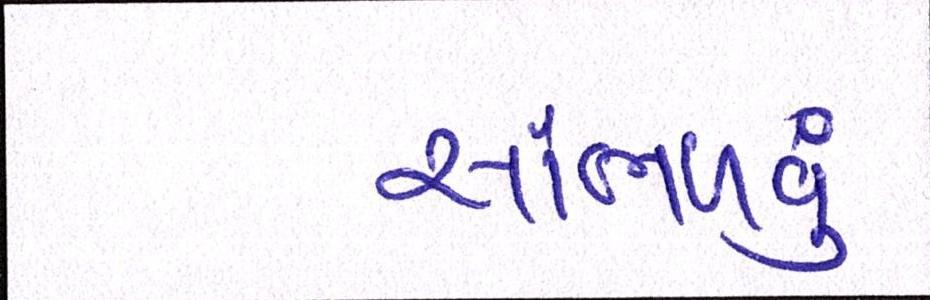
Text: સાંભળવું